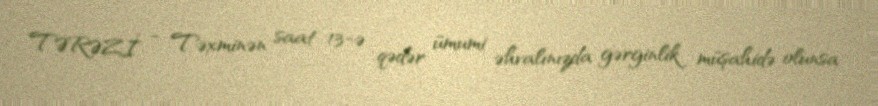
TƏRƏZİ - Təxminən saat 13-ə qədər ümumi əhvalınızda gərginlik müşahidə olunsa